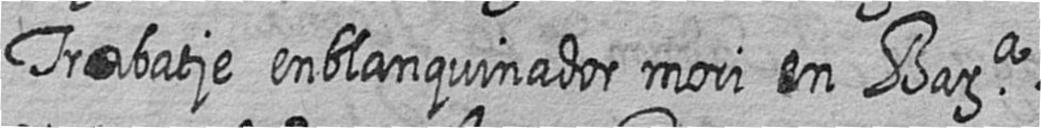
Trabatje enblanquinador mori en Bara